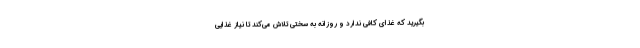
بگیرید که غذای کافی ندارد و روزانه به سختی تلاش می‌کند تا نیاز غذایی